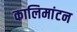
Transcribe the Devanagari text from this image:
कालिमांटन